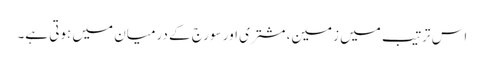
اس ترتیب میں زمین، مشتری اور سورج کے درمیان میں ہوتی ہے۔